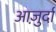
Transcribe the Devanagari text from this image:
आजु़र्दा